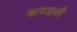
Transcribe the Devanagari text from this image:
कण्डनी